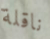
ناقلة